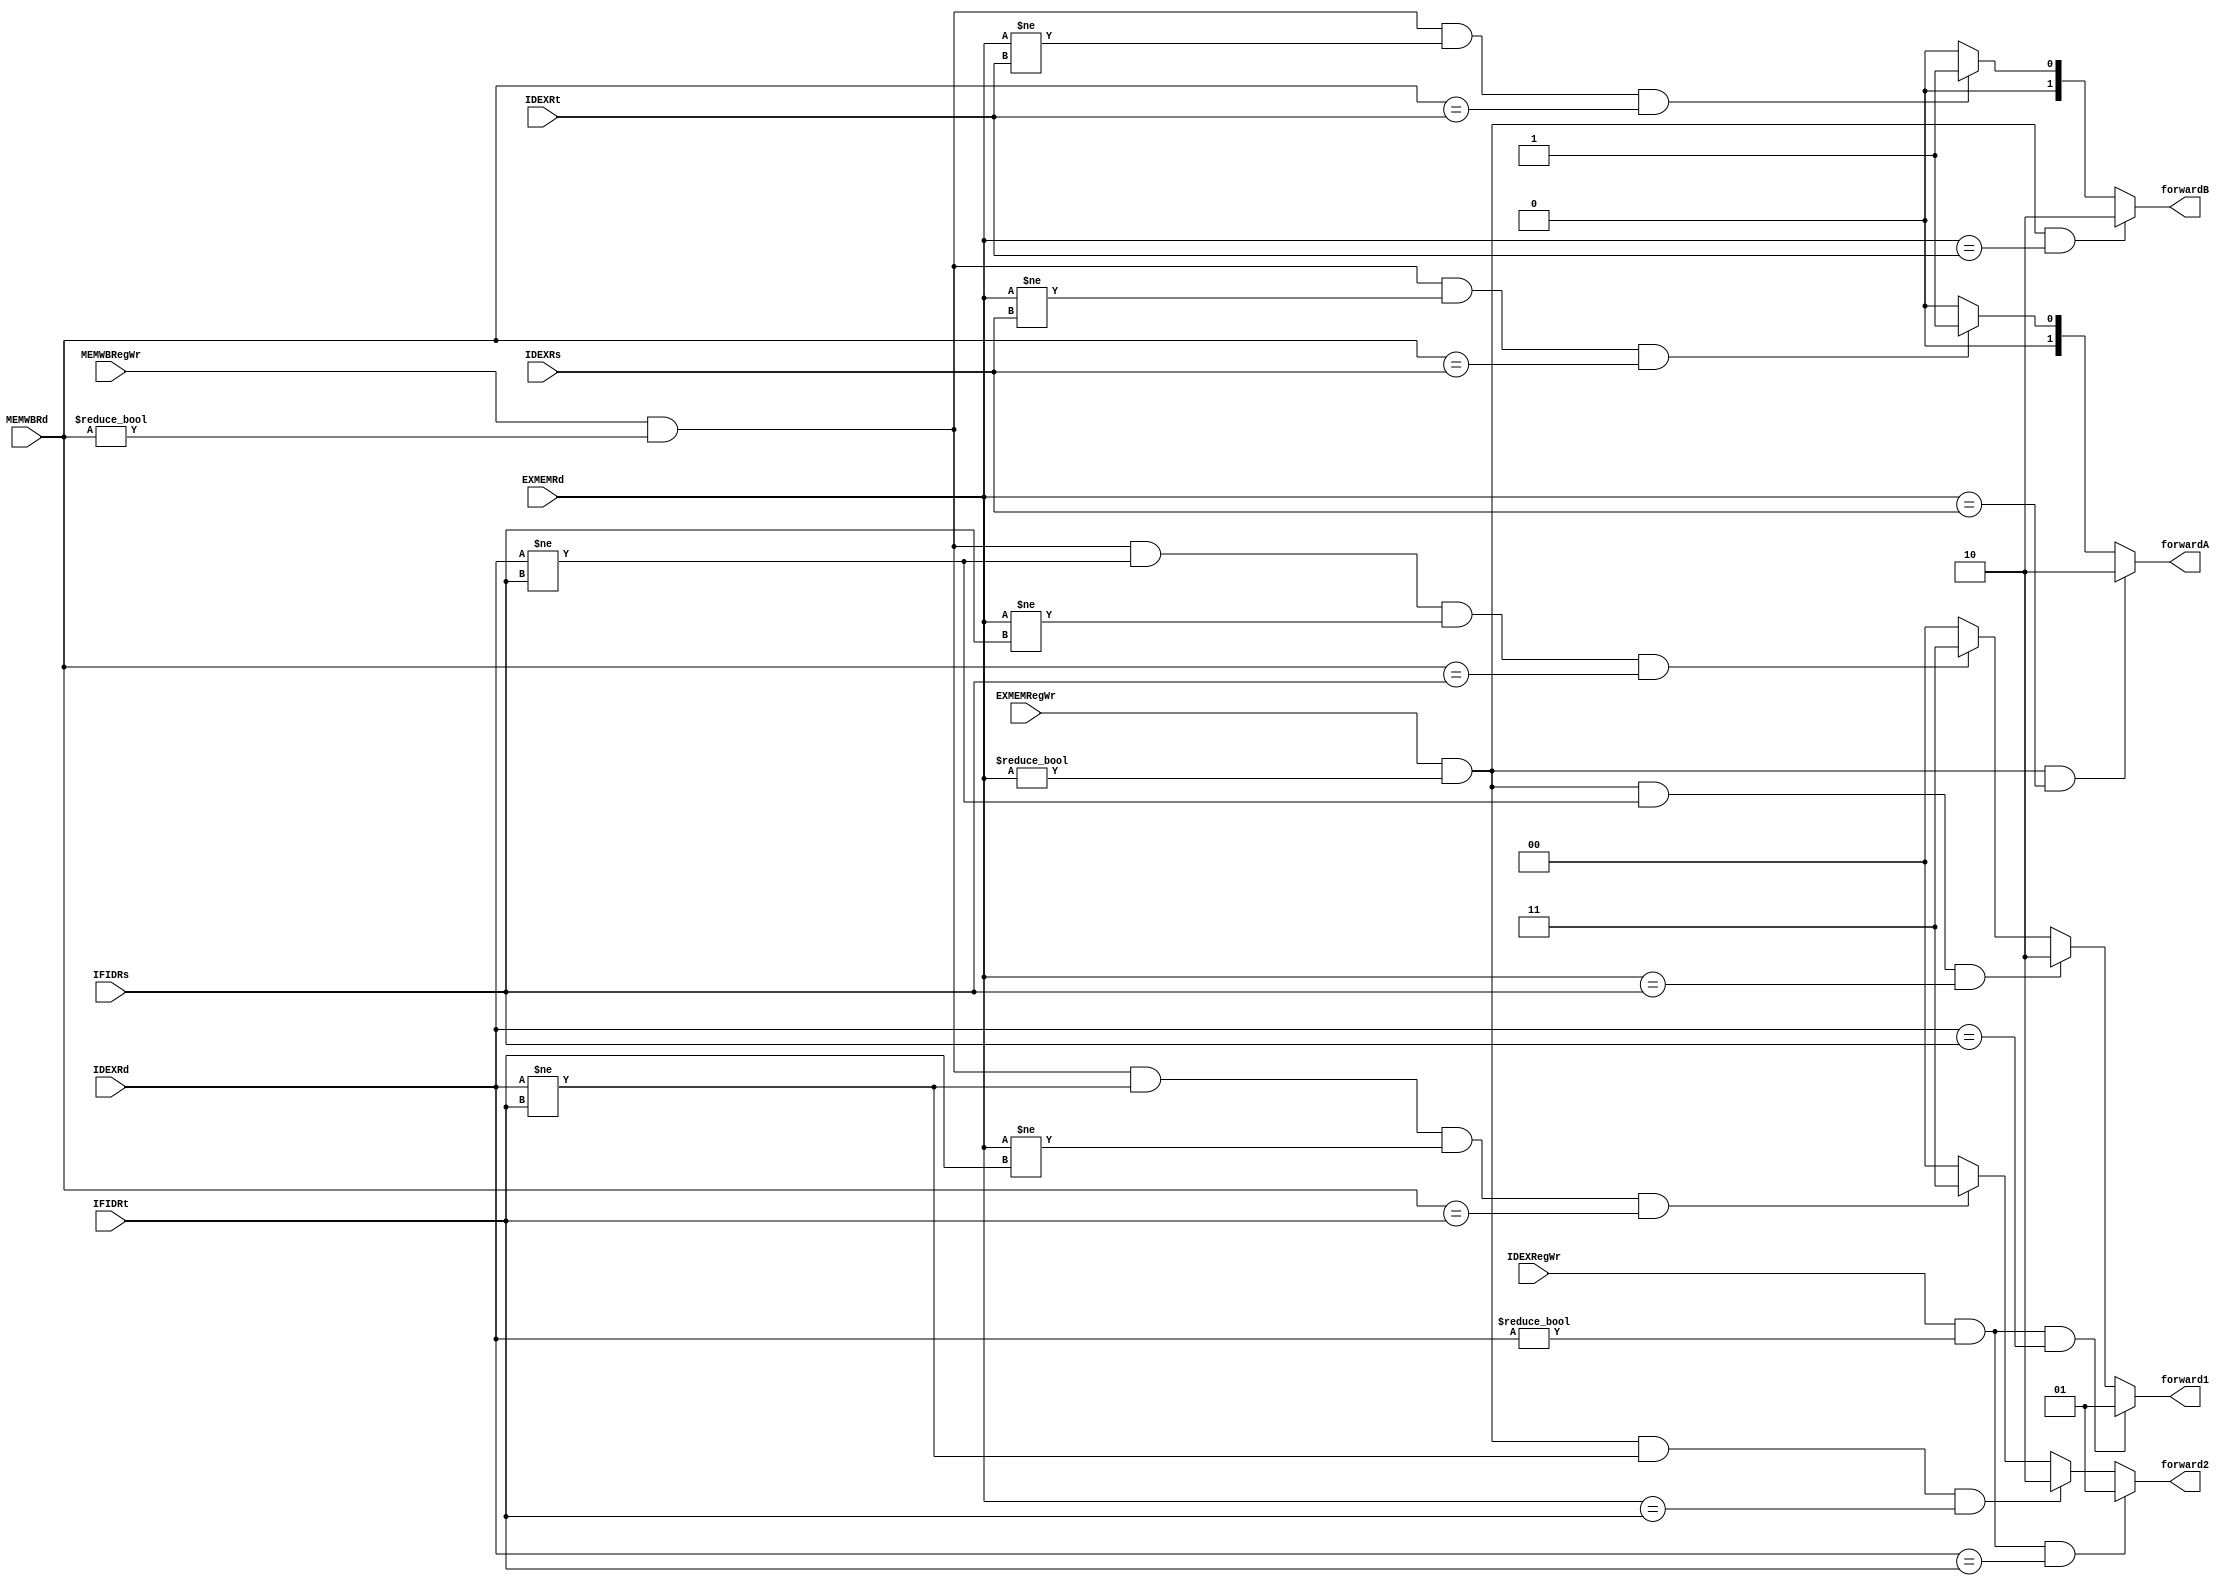
`timescale 1ns/1ps

module forwardunit(IFIDRs,IFIDRt,IDEXRs,IDEXRt,IDEXRd,EXMEMRd,MEMWBRd,IDEXRegWr,EXMEMRegWr,MEMWBRegWr,forwardA,forwardB,forward1,forward2);

input [4:0] IFIDRs;
input [4:0] IFIDRt;
input [4:0] IDEXRs;
input [4:0] IDEXRt;
input [4:0] IDEXRd;
input [4:0] EXMEMRd;
input [4:0] MEMWBRd;
input IDEXRegWr;
input EXMEMRegWr;
input MEMWBRegWr;
output [1:0] forwardA;
reg [1:0] forwardA;
output [1:0] forwardB;
reg [1:0] forwardB;
output [1:0] forward1;
reg [1:0] forward1;
output [1:0] forward2;
reg [1:0] forward2;

always @(*)
begin
  if(EXMEMRegWr && EXMEMRd != 5'h0 && EXMEMRd == IDEXRs) forwardA <= 2'b10;
  else
  begin
    if(MEMWBRegWr && MEMWBRd != 5'h0 && EXMEMRd != IDEXRs && MEMWBRd == IDEXRs) forwardA <= 2'b01;
    else forwardA <= 2'b00;
  end
  if(EXMEMRegWr && EXMEMRd != 5'h0 && EXMEMRd == IDEXRt) forwardB <= 2'b10;
  else
  begin
    if(MEMWBRegWr && MEMWBRd != 5'h0 && EXMEMRd != IDEXRt && MEMWBRd == IDEXRt) forwardB <= 2'b01;
    else forwardB <= 2'b00;
  end
  if(IDEXRegWr && IDEXRd != 5'h0 && IDEXRd == IFIDRs) forward1 <= 2'b01;
  else
  begin
    if(EXMEMRegWr && EXMEMRd != 5'h0 && IDEXRd != IFIDRs && EXMEMRd == IFIDRs) forward1 <= 2'b10;
    else
    begin
      if(MEMWBRegWr && MEMWBRd != 5'h0 && IDEXRd != IFIDRs && EXMEMRd != IFIDRs && MEMWBRd == IFIDRs) forward1 <= 2'b11;
      else forward1 <= 2'b00;
    end
  end
  if(IDEXRegWr && IDEXRd != 5'h0 && IDEXRd == IFIDRt) forward2 <= 2'b01;
  else
  begin
    if(EXMEMRegWr && EXMEMRd != 5'h0 && IDEXRd != IFIDRt && EXMEMRd == IFIDRt) forward2 <= 2'b10;
    else
    begin
      if(MEMWBRegWr && MEMWBRd != 5'h0 && IDEXRd != IFIDRt && EXMEMRd != IFIDRt && MEMWBRd == IFIDRt) forward2 <= 2'b11;
      else forward2 <= 2'b00;
    end
  end
end

endmodule